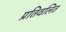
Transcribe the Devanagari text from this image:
प्रतिवलित